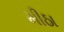
મીઠા